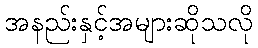
အနည်းနှင့်အများဆိုသလို